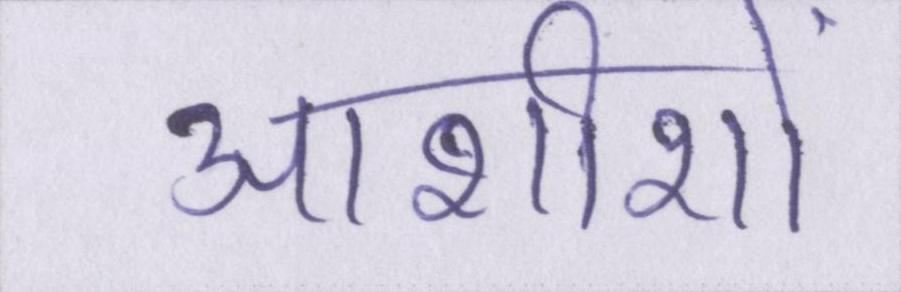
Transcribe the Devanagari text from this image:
आशीशों